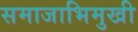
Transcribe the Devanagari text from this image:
समाजाभिमुखी